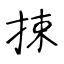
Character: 捒